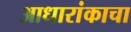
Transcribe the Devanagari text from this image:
आधारांकाचा